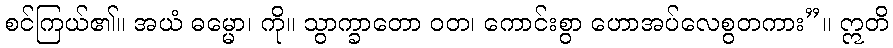
စင်ကြယ်၏။ အယံ ဓမ္မော၊ ကို။ သွာက္ခာတော ဝတ၊ ကောင်းစွာ ဟောအပ်လေစွတကား”။ ဣတိ